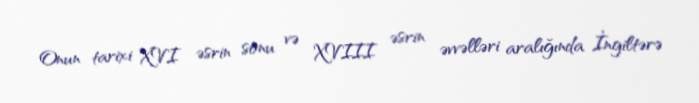
Onun tarixi XVI əsrin sonu və XVIII əsrin əvvəlləri aralığında İngiltərə